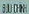
S.UCM